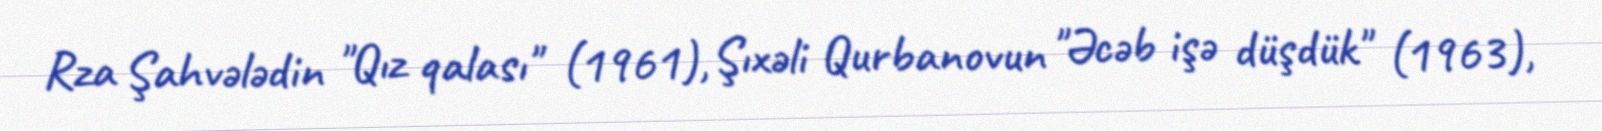
Rza Şahvələdin "Qız qalası" (1961), Şıxəli Qurbanovun "Əcəb işə düşdük" (1963),